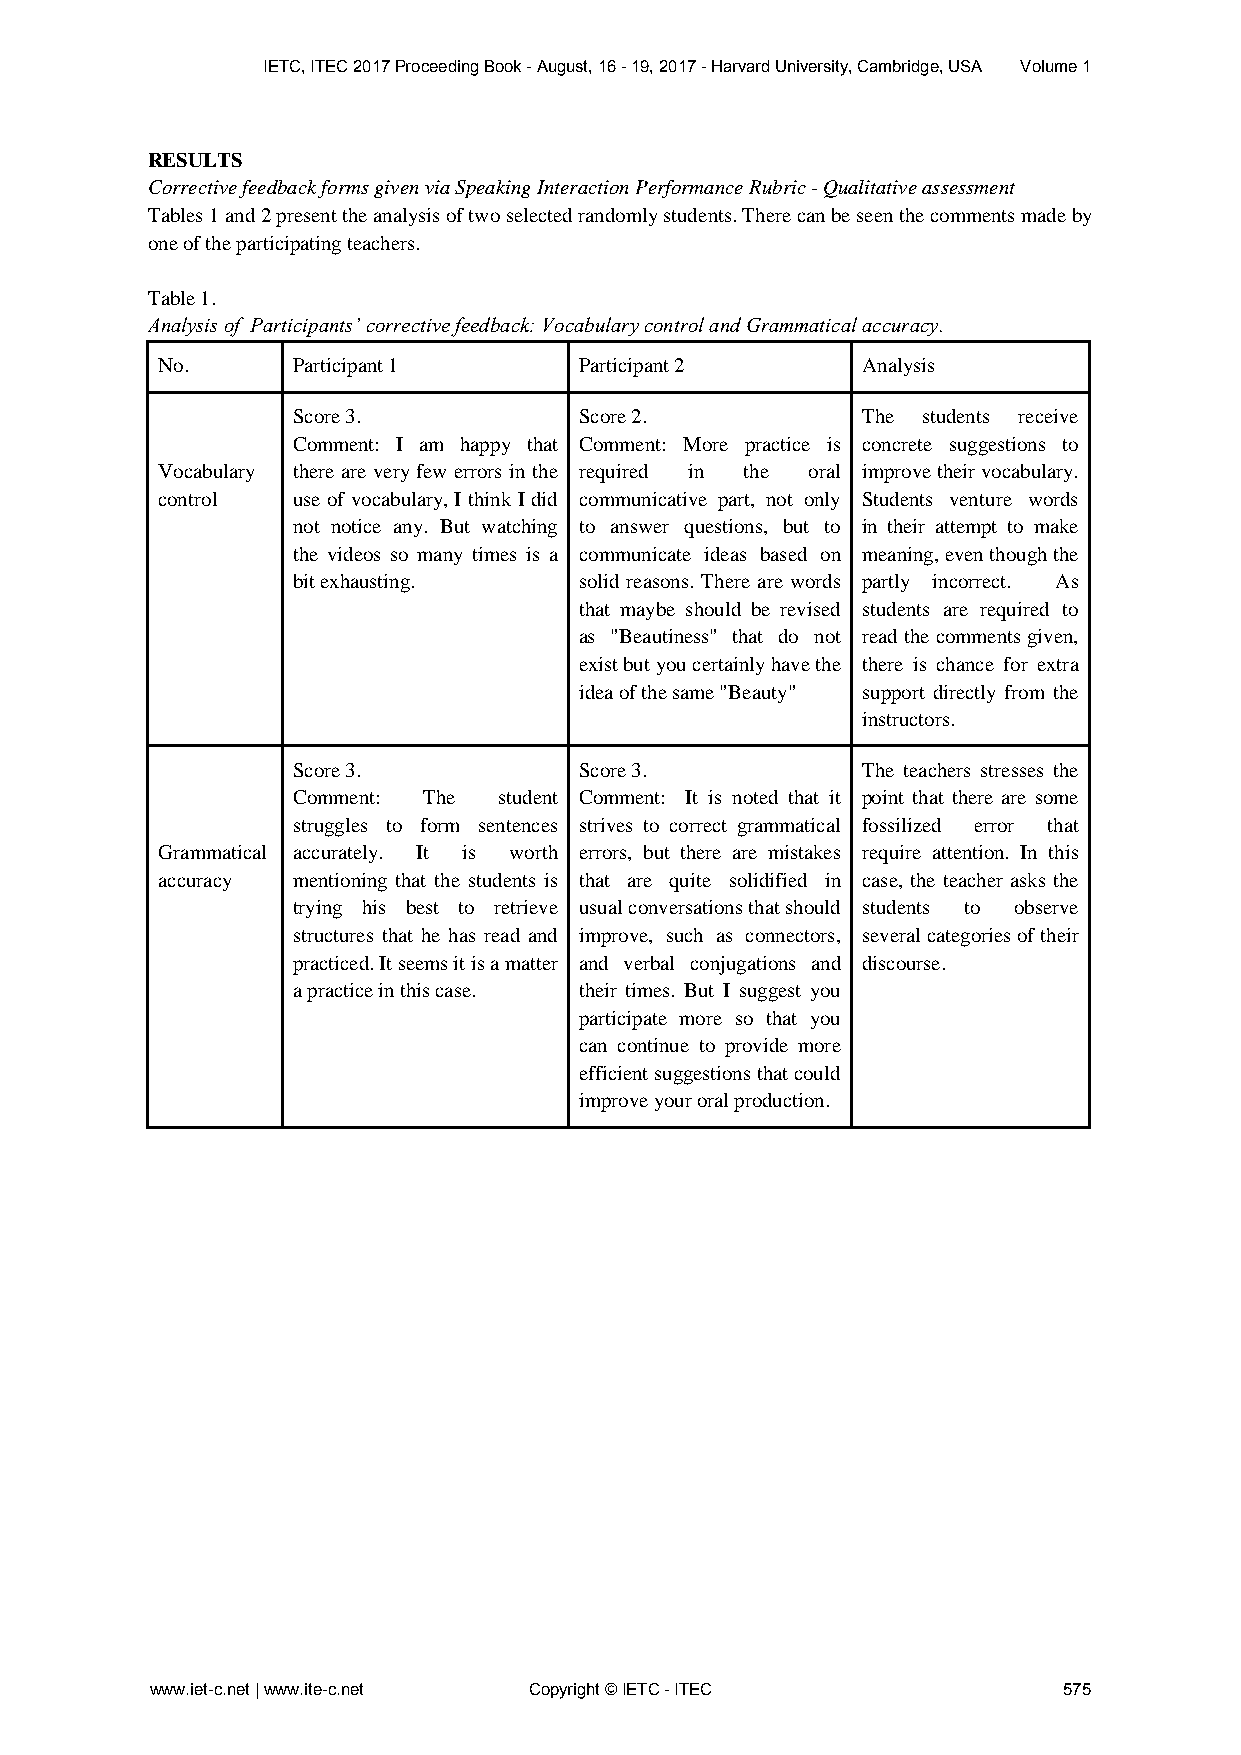
IETC, ITEC 2017 Proceeding Book - August, 16 - 19, 2017 - Harvard University, Cambridge, USA Volume 1
 RESULTS
 Corrective feedback forms given via Speaking Interaction Performance Rubric - Qualitative assessment
 Tables 1 and 2 present the analysis of two selected randomly students. There can be seen the comments made by
 one of the participating teachers.
 Table 1.
 Analysis of Participants’ corrective feedback: Vocabulary control and Grammatical accuracy.
 No.      Participant 1      Participant 2      Analysis
 Score 3.           Score 2.           The students receive
 Comment: I am happy that Comment: More practice is concrete suggestions to
 Vocabulary there are very few errors in the required in the oral improve their vocabulary.
 control  use of vocabulary, I think I did communicative part, not only Students venture words
 not notice any. But watching to answer questions, but to in their attempt to make
 the videos so many times is a communicate ideas based on meaning, even though the
 bit exhausting.    solid reasons. There are words partly incorrect. As
 that maybe should be revised students are required to
 as "Beautiness" that do not read the comments given,
 exist but you certainly have the there is chance for extra
 idea of the same "Beauty" support directly from the
 instructors.
 Score 3.           Score 3.           The teachers stresses the
 Comment: The  student Comment: It is noted that it point that there are some
 struggles to form sentences strives to correct grammatical fossilized error that
 Grammatical accurately. It is worth errors, but there are mistakes require attention. In this
 accuracy mentioning that the students is that are quite solidified in case, the teacher asks the
 trying his best to retrieve usual conversations that should students to observe
 structures that he has read and improve, such as connectors, several categories of their
 practiced. It seems it is a matter and verbal conjugations and discourse.
 a practice in this case. their times. But I suggest you
 participate more so that you
 can continue to provide more
 efficient suggestions that could
 improve your oral production.
 www.iet-c.net | www.ite-c.net Copyright © IETC - ITEC       575